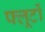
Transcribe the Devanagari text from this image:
फ्लूटों